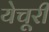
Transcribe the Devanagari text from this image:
येचूरी